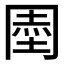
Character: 𭁱